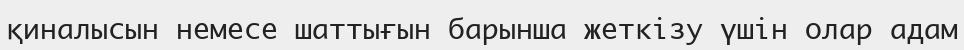
қиналысын немесе шаттығын барынша жеткізу үшін олар адам